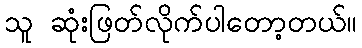
သူ ဆုံးဖြတ်လိုက်ပါတော့တယ်။